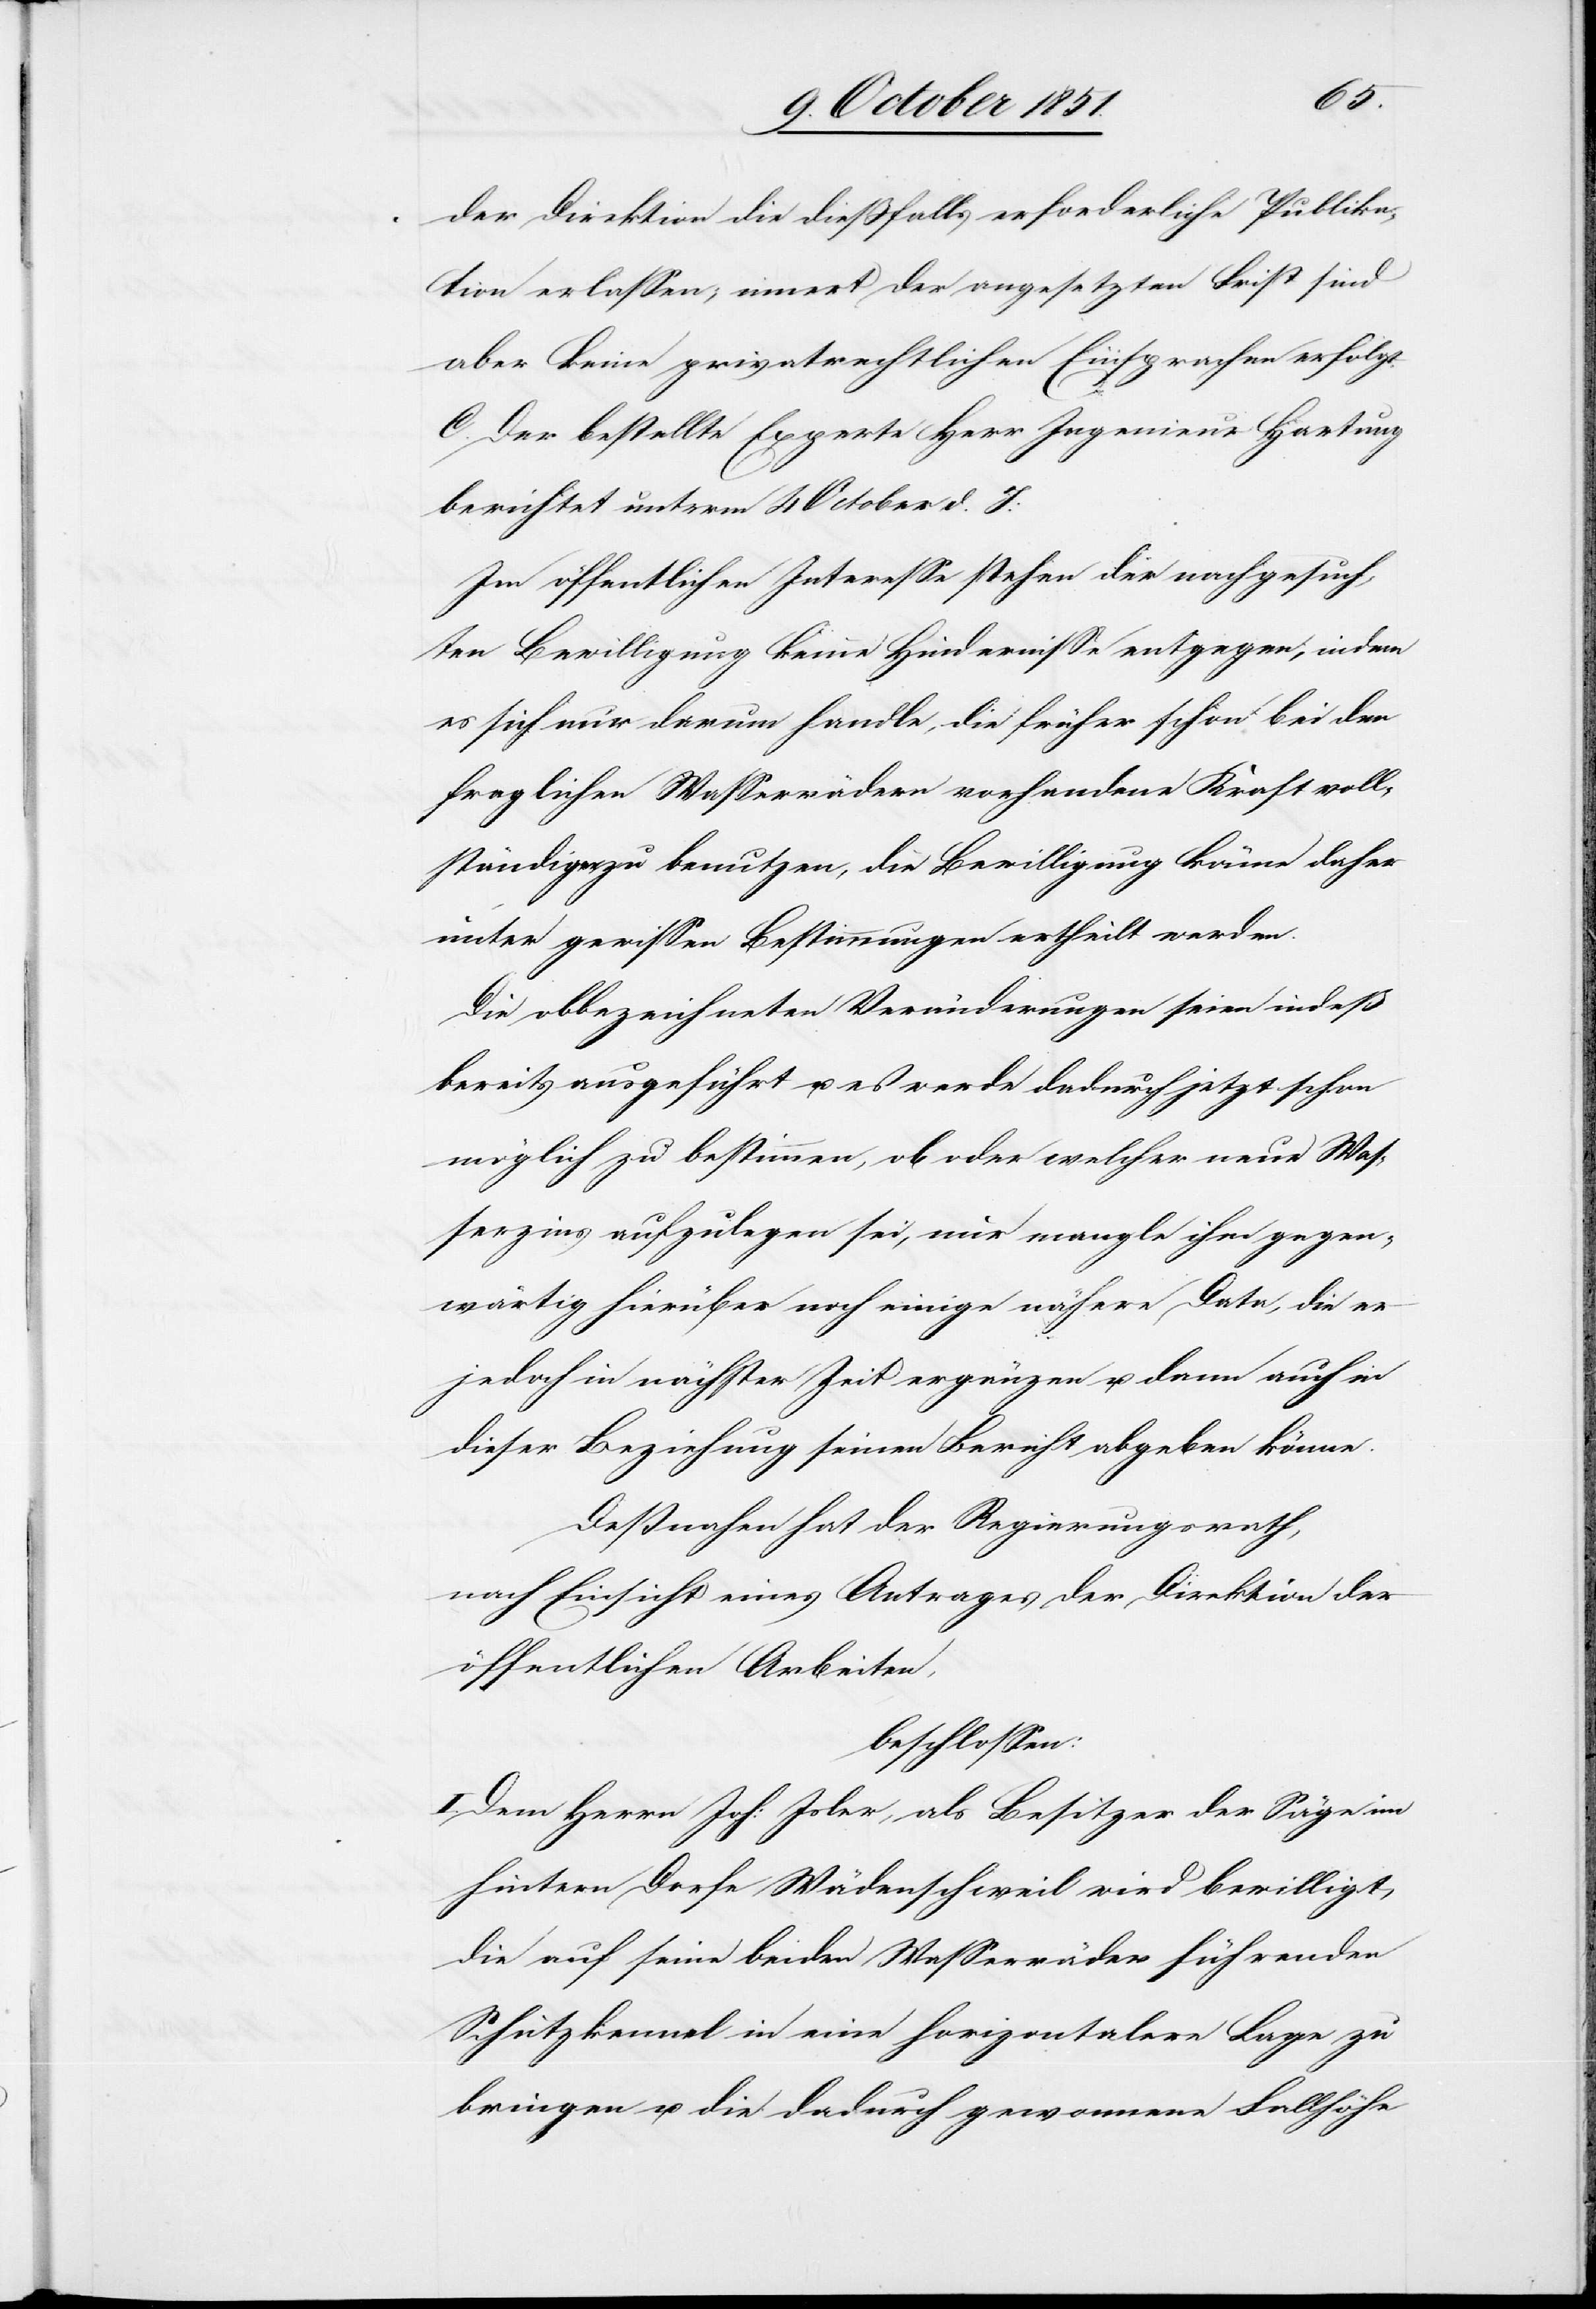
der Direktion die dießfalls erforderliche Publika¬
tion erlassen, innert der angesetzten Frist sind
aber keine privatrechtlichen Einsprachen erfolgt.
C. Der bestellte Experte Herr Ingenieur Hartung
berichtet unterm 4 October d. J:
Im öffentlichen Interesse stehen der nachgesuch¬
ten Bewilligung keine Hindernisse entgegen, indem
es sich nur darum handle, die früher schon bei den
fraglichen Wasserrädern vorhandene Kraft voll¬
ständig zu benutzen, die Bewilligung könne daher
unter gewissen Bestimmungen ertheilt werden.
Die obbezeichneten Veränderungen seien indeß
bereits ausgeführt u. es werde dadurch jetzt schon
möglich zu bestimmen, ob oder welcher neue Was¬
serzins aufzulegen sei, nur mangle ihm gegen¬
wärtig hierüber noch einige nähere Data, die er
jedoch in nächster Zeit ergänzen u. dann auch in
dieser Beziehung seinen Bericht abgeben könne.
Deßnahen hat der Regierungsrath,
nach Einsicht eines Antrages der Direktion der
öffentlichen Arbeiten,
beschlossen:
I. Dem Herrn Joh: Isler, als Besitzer der Säge im
hintern Dorfe Wädenschweil wird bewilligt,
die auf seine beiden Wasserräder führenden
Schutzkennel in eine horizontalere Lage zu
bringen u. die dadurch gewonnene Fallhöhe